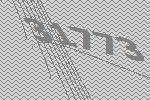
31773